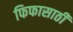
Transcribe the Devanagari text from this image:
फिफासाठी